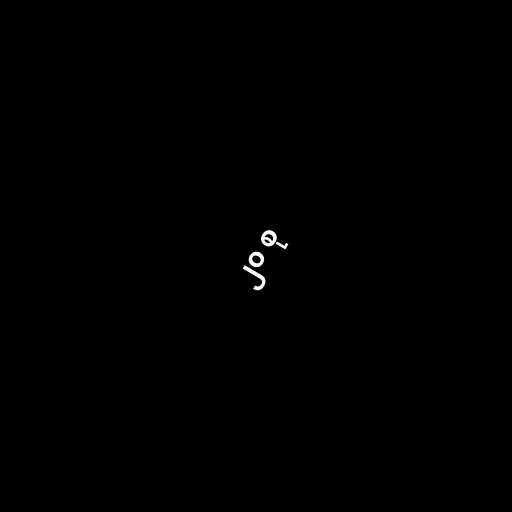
၂၀ စု